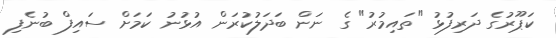
ކަޕޫރުގެ ދަރިފުޅު "ތައިމުރު" ގެ ނަން ބަދަލުކުރަން އުޅުނު ކަމަށް ސައިފް ބުނެފި